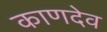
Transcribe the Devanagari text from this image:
काणदेव